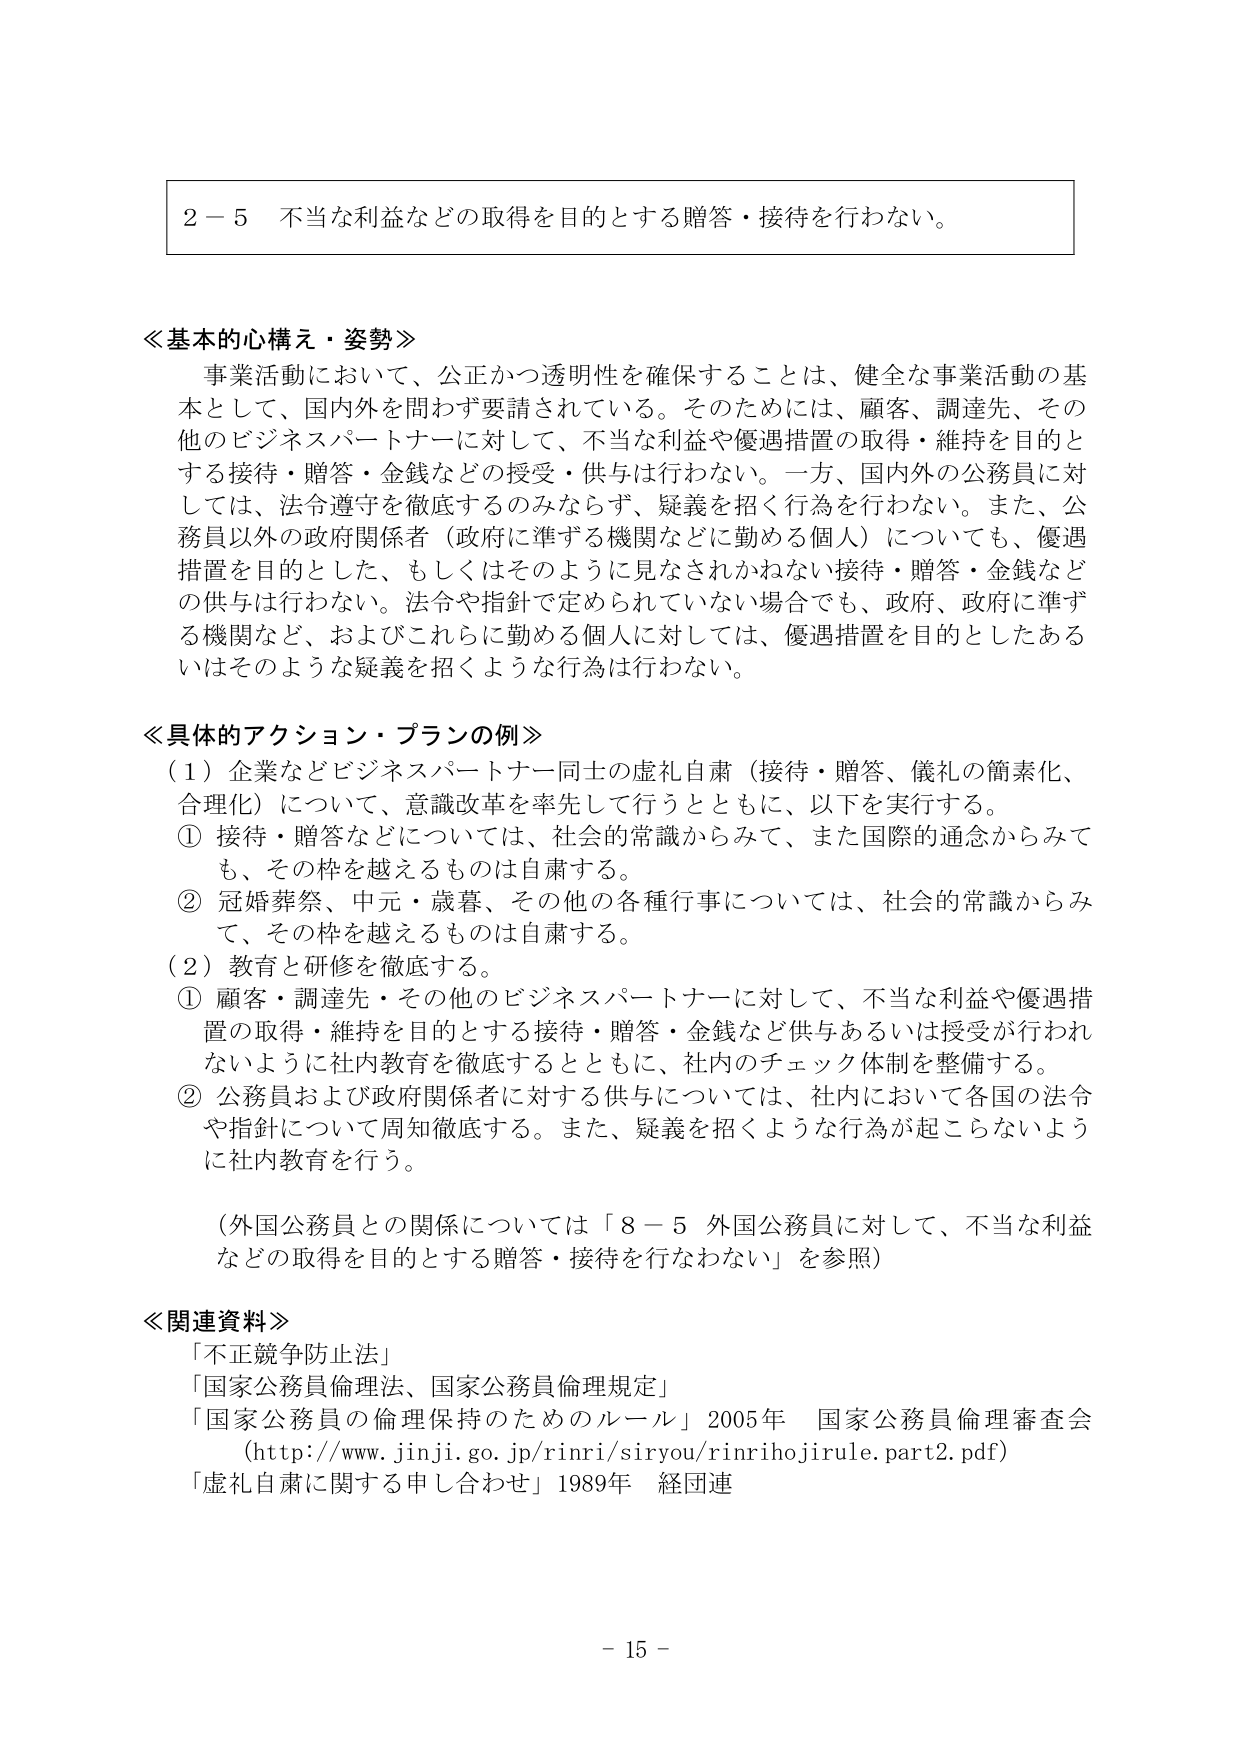
２－５ 不当な利益などの取得を目的とする贈答・接待を行わない。

≪基本的心構え・姿勢≫
事業活動において、公正かつ透明性を確保することは、健全な事業活動の基本として、国内外を問わず要請されている。そのためには、顧客、調達先、その他のビジネスパートナーに対して、不当な利益や優遇措置の取得・維持を目的とする接待・贈答・金銭などの授受・供与は行わない。一方、国内外の公務員に対しては、法令遵守を徹底するのみならず、疑義を招く行為を行わない。また、公務員以外の政府関係者（政府に準ずる機関などに勤める個人）についても、優遇措置を目的とした、もしくはそのように見なされかねない接待・贈答・金銭などの供与は行わない。法令や指針で定められていない場合でも、政府、政府に準ずる機関など、およびこれらに勤める個人に対しては、優遇措置を目的としたあるいはそのような疑義を招くような行為は行わない。

≪具体的アクション・プランの例≫
（１）企業などビジネスパートナー同士の虚礼自粛（接待・贈答、儀礼の簡素化、合理化）について、意識改革を率先に行うとともに、以下を実行する。
① 接待・贈答などについては、社会的常識からみて、また国際的通念からみても、その枠を越えるものは自粛する。
② 冠婚葬祭、中元・歳暮、その他の各種行事については、社会的常識からみて、その枠を越えるものは自粛する。
（２）教育と研修を徹底する。
① 顧客・調達先・その他のビジネスパートナーに対して、不当な利益や優遇措置の取得・維持を目的とする接待・贈答・金銭など供与あるいは授受が行われないように社内教育を徹底するとともに、社内のチェック体制を整備する。
② 公務員および政府関係者に対する供与については、社内において各国の法令や指針について周知徹底する。また、疑義を招くような行為が起こらないように社内教育を行う。

（外国公務員との関係については「８－５ 外国公務員に対して、不当な利益などの取得を目的とする贈答・接待を行なわない」を参照）

≪関連資料≫
「不正競争防止法」
「国家公務員倫理法、国家公務員倫理規定」
「国家公務員の倫理保持のためのルール」2005年 国家公務員倫理審査会
（http://www.jinji.go.jp/rinri/siryou/rinrihojirule.part2.pdf）
「虚礼自粛に関する申し合わせ」1989年 経団連

－ 15 －